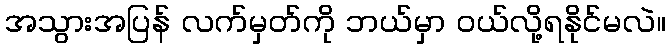
အသွားအပြန် လက်မှတ်ကို ဘယ်မှာ ဝယ်လို့ရနိုင်မလဲ။